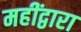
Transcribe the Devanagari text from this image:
महींद्वारा